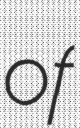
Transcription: of